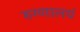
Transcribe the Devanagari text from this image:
रुग्णालयं